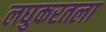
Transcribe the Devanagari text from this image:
लघुकरतला